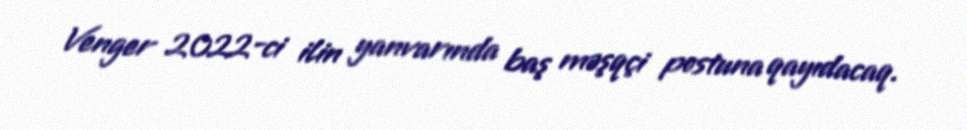
Venger 2022-ci ilin yanvarında baş məşqçi postuna qayıdacaq.